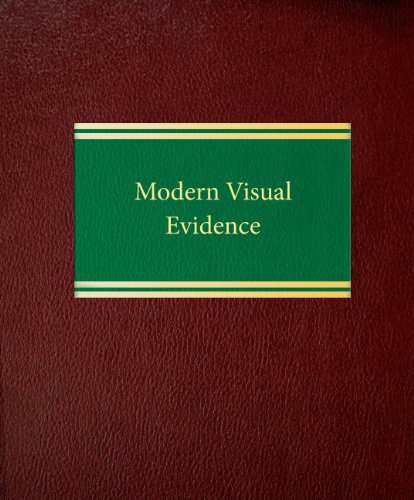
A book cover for Modern Visual Evidence (Litigation Series); Gregory P. Joseph; Law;